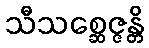
သီသစ္ဆေဇ္ဇန္တိ